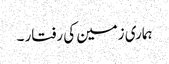
ہماری زمین کی رفتار ۔